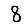
Digit: 8